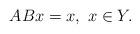
LaTeX: \begin{align*}ABx=x,\ x\in Y.\end{align*}